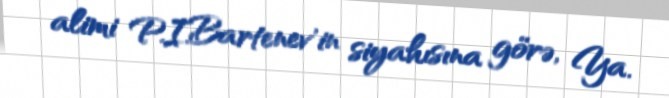
alimi P.I.Bartenev'in siyahısına görə, Ya.